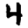
Digit: 4